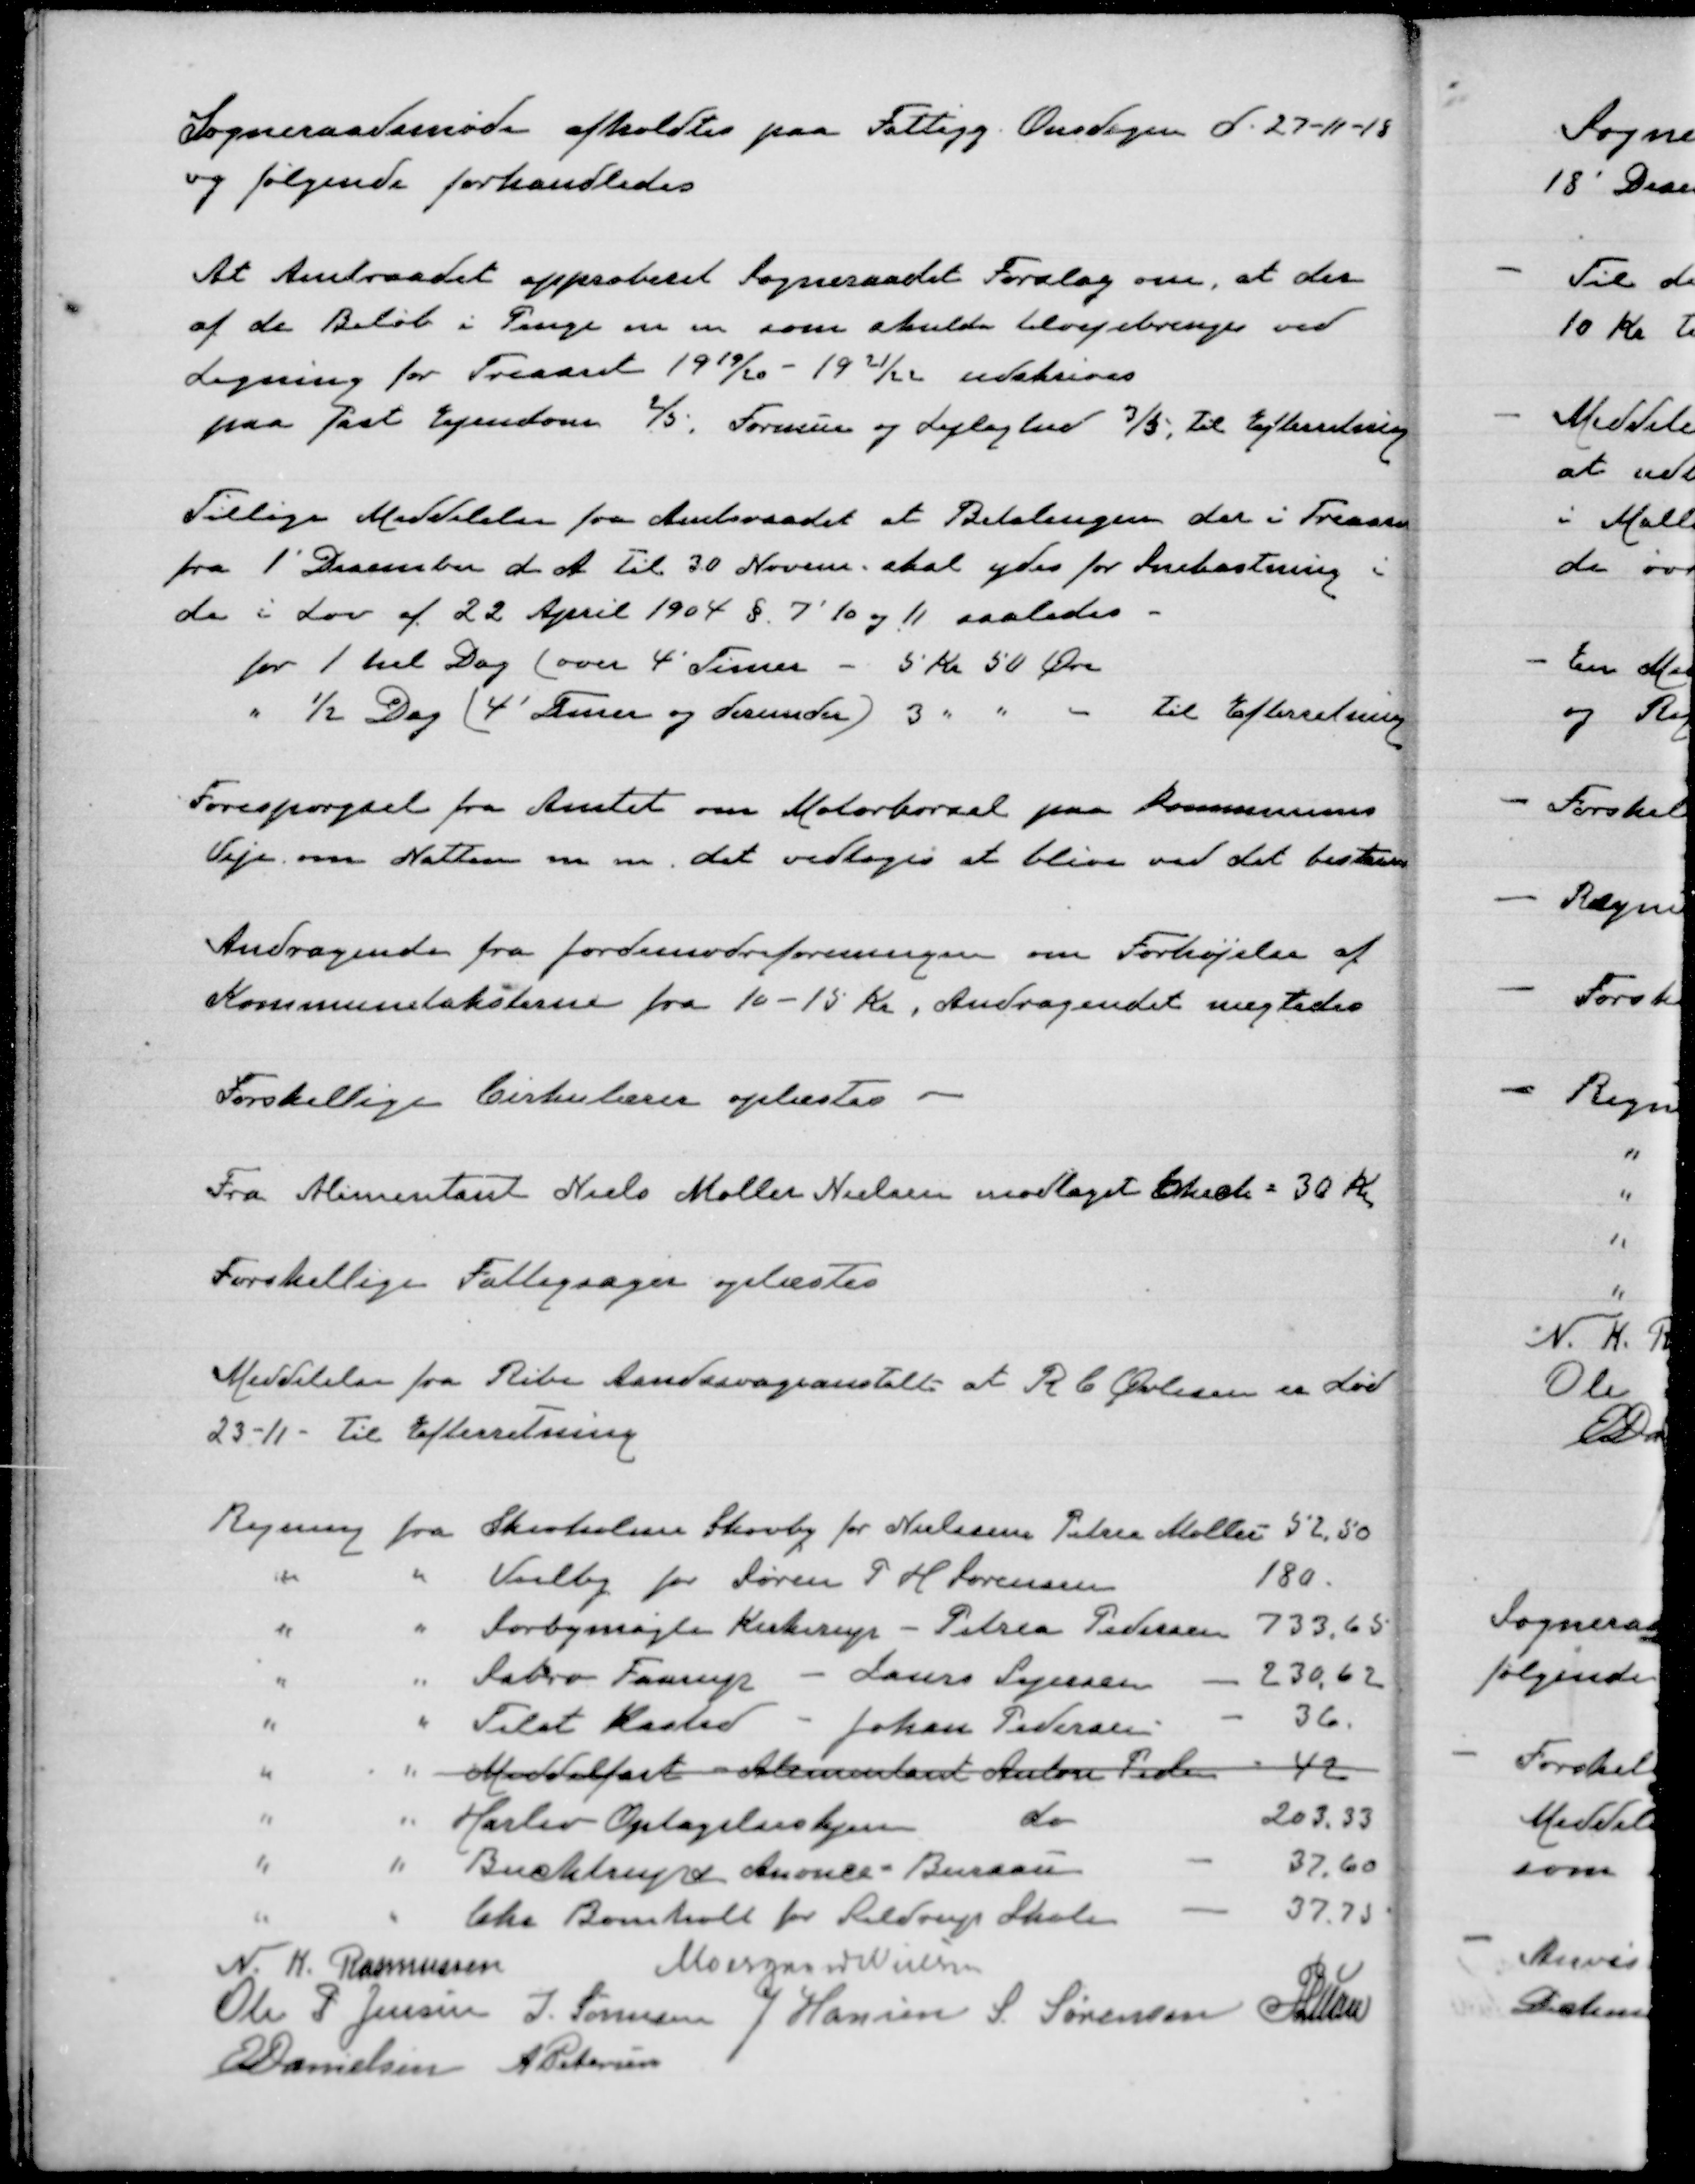
Transskription:
Sogneraadsmøde afholdtes paa Fattigg. Onsdagen d. 27-11-18
og følgende forhandledes

At Amtraadet approberet Sogneraadet Forslag om, at der
af de Beløb i Penge m m som skulde tilvejebringes ved
Ligning for Treaaret 1919/20 - 1921/22 udskrives
paa fast Ejendom ⅖, Formue og Lejlighed ⅗ til efterretning

Tillige Meddelelse fra Amtsraadet at Betalingen der i Treaare
fra 1' December d A til 30 Novem. skal ydes for snekastning i
de i lov af 22. April 1904 § 7, 10 og 11 saaledes
for 1 hel Dag (over 4 timer - 5 Kr 50 øre
" ½ Dag (4' Timer og derunder) 3 " " " Til efterretning

Forespørgsel fra Amtet om Motorkørsel paa Kommunens
Veje om Natten m m det vedtoges at blive ved det bestem

Andragende fra jordemodreforeningen om Forhøjelse af
Kommunetaksterne fra 10-15 Kr., Andragendet nægtedes

Forskellige Cirkulærer oplæstes

Fra Alimentant Niels Møller Nielsen modtaget Check = 30 Kr

Forskellige Fattigsager oplæstes

Meddelelse fra Ribe Aandssvageanstalt at R C Øvlesen er død
23-1-1 Til Efterretning

N.K. Rasmussen
Moesgaard Nielsen
Ole P Jensen
J Sørensen
J Hansen
S Sørensen
P Lunn
E Danielsen
A Petersen